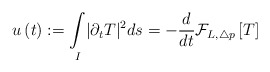
\begin{align*}u\left( t\right) :=\underset{I}{\int}|\partial _{t}T |^{2}ds=-\frac{d}{dt}\mathcal{F}_{L,\triangle p}\left[T \right] \end{align*}